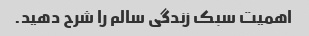
اهمیت سبک زندگی سالم را شرح دهید.